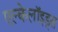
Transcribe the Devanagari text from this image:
एल्केलॉइड्स